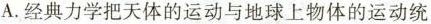
A.经典力学把天体的运动与地球上物体的运动统